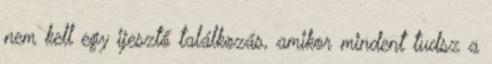
nem kell egy ijesztő találkozás, amikor mindent tudsz a